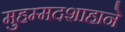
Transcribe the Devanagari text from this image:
मुहम्मदशाहाने